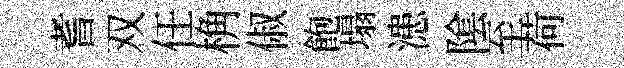
耆双任桷俶飽塌漶隂至荷